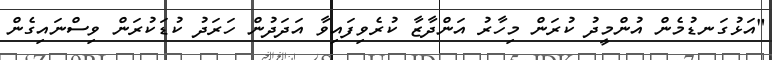
"އަޅުގަނޑުމެން އުންމީދު ކުރަން މިހާރު އަންދާޒާ ކުރެވިފައިވާ އަދަދުން ހަރަދު ކުޑަކުރަން ވިސްނައިގެން